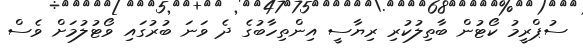
ސުޕްރީމު ކޯޓުން ބާތިލުކުރި ރިޔާސީ އިންތިހާބުގެ ދެ ވަނަ ބުރުގައި ވޯޓުލުމަށް ވެސް